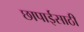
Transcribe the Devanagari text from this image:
छापाईसाठी